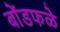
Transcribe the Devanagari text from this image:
बोंडफळे